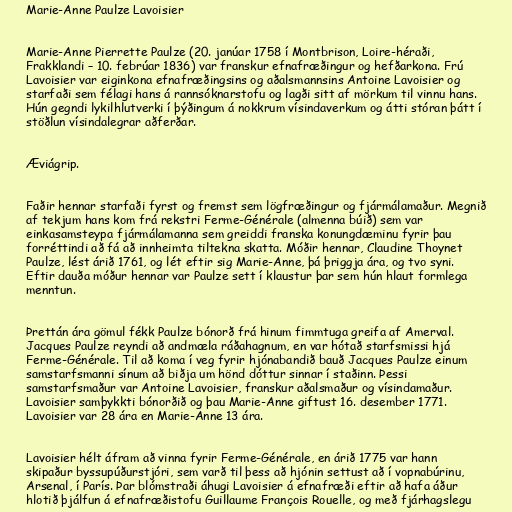
Marie-Anne Paulze Lavoisier

Marie-Anne Pierrette Paulze (20. janúar 1758 í Montbrison, Loire-héraði,
Frakklandi – 10. febrúar 1836) var franskur efnafræðingur og hefðarkona. Frú
Lavoisier var eiginkona efnafræðingsins og aðalsmannsins Antoine Lavoisier og
starfaði sem félagi hans á rannsóknarstofu og lagði sitt af mörkum til vinnu hans.
Hún gegndi lykilhlutverki í þýðingum á nokkrum vísindaverkum og átti stóran þátt í
stöðlun vísindalegrar aðferðar.

Æviágrip.

Faðir hennar starfaði fyrst og fremst sem lögfræðingur og fjármálamaður. Megnið
af tekjum hans kom frá rekstri Ferme-Générale (almenna búið) sem var
einkasamsteypa fjármálamanna sem greiddi franska konungdæminu fyrir þau
forréttindi að fá að innheimta tiltekna skatta. Móðir hennar, Claudine Thoynet
Paulze, lést árið 1761, og lét eftir sig Marie-Anne, þá þriggja ára, og tvo syni.
Eftir dauða móður hennar var Paulze sett í klaustur þar sem hún hlaut formlega
menntun.

Þrettán ára gömul fékk Paulze bónorð frá hinum fimmtuga greifa af Amerval.
Jacques Paulze reyndi að andmæla ráðahagnum, en var hótað starfsmissi hjá
Ferme-Générale. Til að koma í veg fyrir hjónabandið bauð Jacques Paulze einum
samstarfsmanni sínum að biðja um hönd dóttur sinnar í staðinn. Þessi
samstarfsmaður var Antoine Lavoisier, franskur aðalsmaður og vísindamaður.
Lavoisier samþykkti bónorðið og þau Marie-Anne giftust 16. desember 1771.
Lavoisier var 28 ára en Marie-Anne 13 ára.

Lavoisier hélt áfram að vinna fyrir Ferme-Générale, en árið 1775 var hann
skipaður byssupúðurstjóri, sem varð til þess að hjónin settust að í vopnabúrinu,
Arsenal, í París. Þar blómstraði áhugi Lavoisier á efnafræði eftir að hafa áður
hlotið þjálfun á efnafræðistofu Guillaume François Rouelle, og með fjárhagslegu